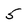
Character: 5